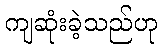
ကျဆုံးခဲ့သည်ဟု